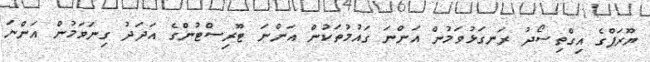
ޔޫރަޕްގެ އިގްތިސޯދު ރަނގަޅުވަމުން އަންނަ ގައުމުތަކުން އަންނަ ޓޫރިސްޓުންގެ އަދަދު ގިނަވަމުން އަންނަ